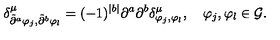
\delta _ { \tilde { \partial } ^ { a } \varphi _ { j } , \tilde { \partial } ^ { b } \varphi _ { l } } ^ { \mu } = ( - 1 ) ^ { | b | } \partial ^ { a } \partial ^ { b } \delta _ { \varphi _ { j } , \varphi _ { l } } ^ { \mu } , \quad \varphi _ { j } , \varphi _ { l } \in { \cal G } .